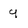
Character: Y